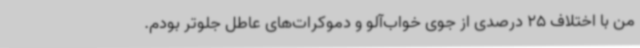
من با اختلاف 25 درصدی از جوی خواب‌آلو و دموکرات‌های عاطل جلوتر بودم.